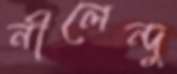
নীলেন্দু